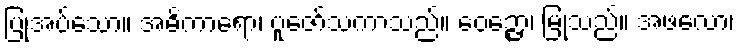
ပြုအပ်သော။ အဓိကာရော၊ ပူဇော်သကာသည်။ ဝေဉ္ဇော၊ မြုံသည်။ အဖလော၊